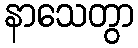
နာသေတွာ